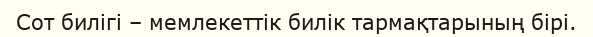
Сот билігі – мемлекеттік билік тармақтарының бірі.